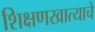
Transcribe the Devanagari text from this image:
शिक्षणखात्याचे